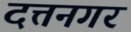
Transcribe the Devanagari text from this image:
दत्तनगर